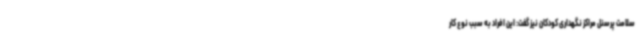
سلامت پرسنل مراکز نگهداری کودکان نیز گفت: این افراد به سبب نوع کار